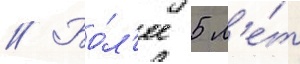
// Бо́л'ее 5 л'е́т